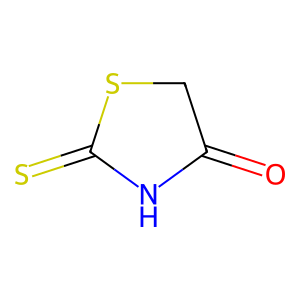
SMILES: O=C1CSC(=S)N1
Inhibits HIV replication: No